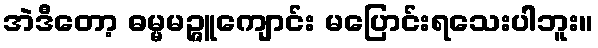
အဲဒီတော့ ဓမ္မမဉ္ဇူကျောင်း မပြောင်းရသေးပါဘူး။